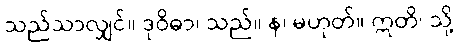
သည်သာလျှင်။ ဒုဝိဓာ၊ သည်။ န၊ မဟုတ်။ ဣတိ၊ သို့